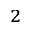
_ { 2 }